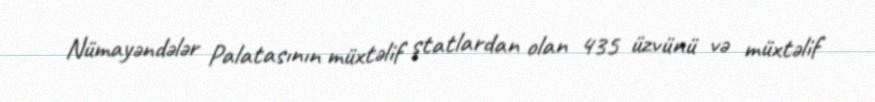
Nümayəndələr Palatasının müxtəlif ştatlardan olan 435 üzvünü və müxtəlif